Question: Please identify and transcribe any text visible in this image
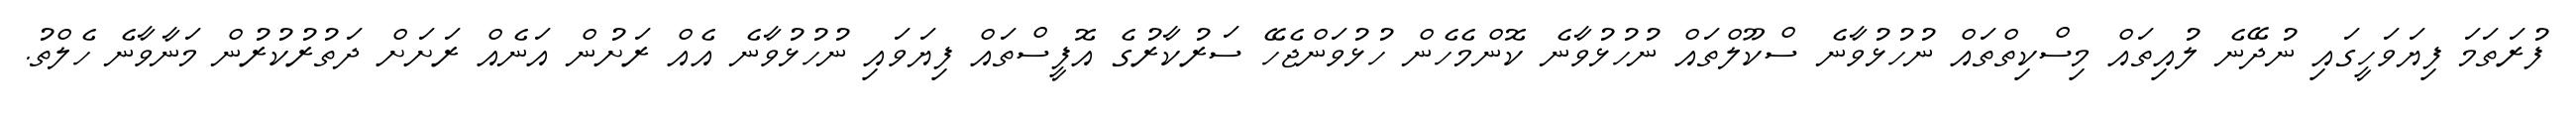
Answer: ފުރަތަމަ ފިޔަވަހީގައި ނުދޭނެ ލުއިތައް މިސްކިތްތައް ނުހުޅުވާނެ ސްކޫލްތައް ނުހުޅުވާނެ ކޮންމެހެން ހުޅުވަންޖެހޭ ސަރުކާރުގެ އޮފީސްތައް ފިޔަވައި ނުހުޅުވާނެ އެއް ރަށުން އަނެއް ރަށަށް ދަތުރުކުރުން މަނާވާނެ ހެލްތު.